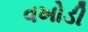
વખોડી